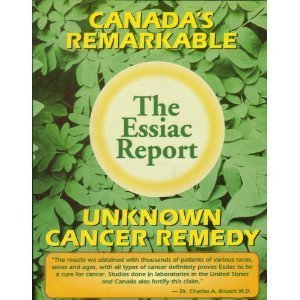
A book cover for The Essiac Report: The True Story of a Canadian Herbal Cancer Remedy and of the Thousands of Lives It Continues to Save; Richard Thomas; Health, Fitness & Dieting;